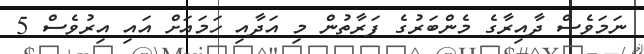
ނަމަވެސް ދާއިރާގެ މެންބަރުގެ ފަރާތުން މި އަދާއި ހަމައަށް އައި އިރުވެސް 5